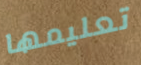
تعليمها